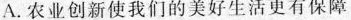
A. 农业创新使我们的美好生活更有保障